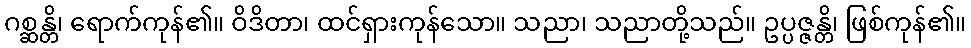
ဂစ္ဆန္တိ၊ ရောက်ကုန်၏။ ဝိဒိတာ၊ ထင်ရှားကုန်သော။ သညာ၊ သညာတို့သည်။ ဥပ္ပဇ္ဇန္တိ၊ ဖြစ်ကုန်၏။